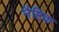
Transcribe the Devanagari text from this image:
नैष्टिक